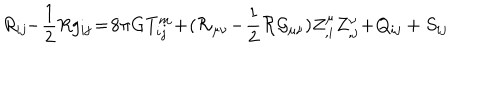
R _ { i j } \! \! - \! \frac { 1 } { 2 } R g _ { i j } \! = \! 8 \pi G T _ { i j } ^ { m } \! + \! ( { \cal R } _ { \mu \nu } \! - \! \frac { 1 } { 2 } { \cal R } { \cal G } _ { \mu \nu } ) Z _ { , i } ^ { \mu } Z _ { , j } ^ { \nu } \! + \! Q _ { i j } + S _ { i j }